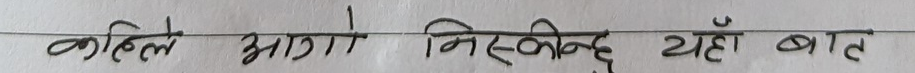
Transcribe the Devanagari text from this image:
कहिले आगो निस्केन्दु यहाँ बात